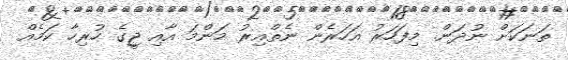
ތަނަކަށް ނުދަން. މިފަހަރު އަހަރެން ނެތްއިރު މަންމަ އާއި ޖީގެ ހުރިހާ ކަމެއް